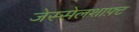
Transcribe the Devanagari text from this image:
जेस्सेलशाफ़्ट